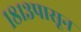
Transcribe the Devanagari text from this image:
१८१३पासून